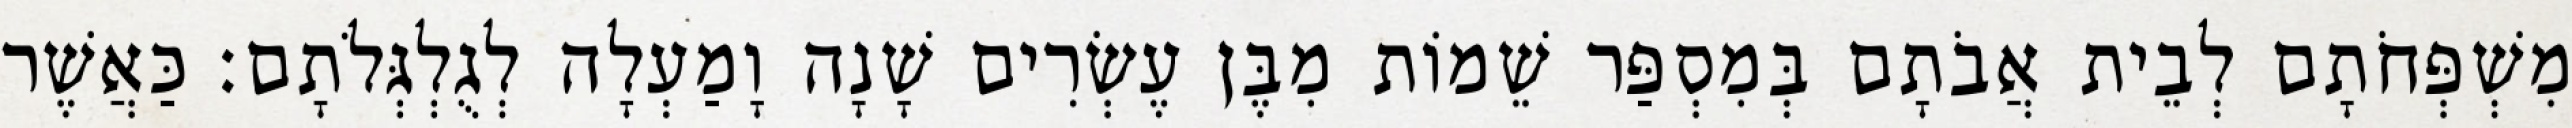
מִשְׁפְּחֹתָם לְבֵית אֲבֹתָם בְּמִסְפַּר שֵׁמוֹת מִבֶּן עֶשְׂרִים שָׁנָה וָמַעְלָה לְגֻלְגְּלֹתָם׃ כַּאֲשֶׁר